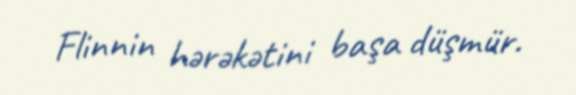
Flinnin hərəkətini başa düşmür.